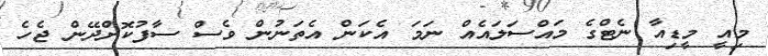
މިއީ މީޑިއާ ނެޓްގެ މައްސަލައެއް ނަމަ އެކަން އެތަނުން ވެސް ސާފުކޮށްދޭން ޖެހެ